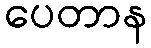
ပေတာန